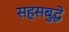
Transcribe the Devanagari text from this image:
सहसबुद्धे